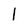
Character: 1